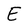
Character: E